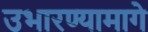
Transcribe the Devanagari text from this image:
उभारण्यामागे